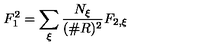
F _ { 1 } ^ { 2 } = \sum _ { \xi } \frac { N _ { \xi } } { ( \# R ) ^ { 2 } } F _ { 2 , \xi }